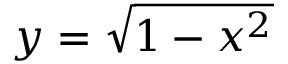
y = { \sqrt { 1 - x ^ { 2 } } }